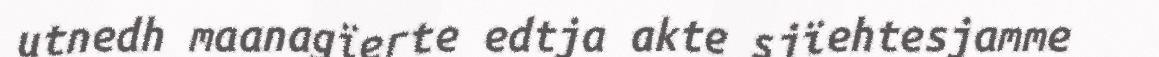
utnedh maanagïerte edtja akte sjïehtesjamme